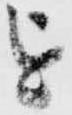
を